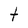
Character: t